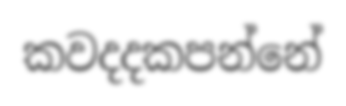
කවදදකපන්නේ